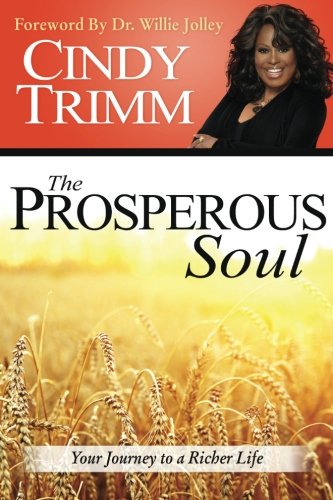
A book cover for The Prosperous Soul: Your Journey to a Richer Life; Cindy Trimm; Christian Books & Bibles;